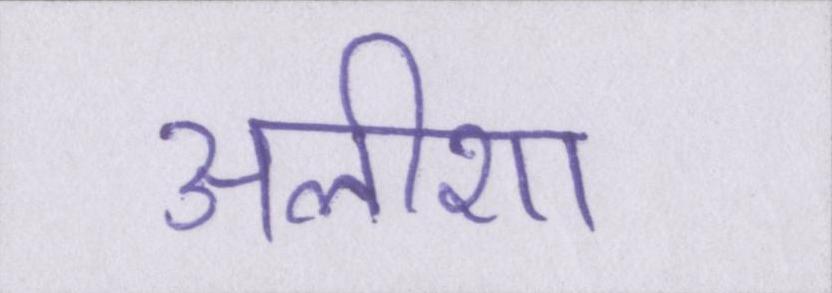
अलीशा